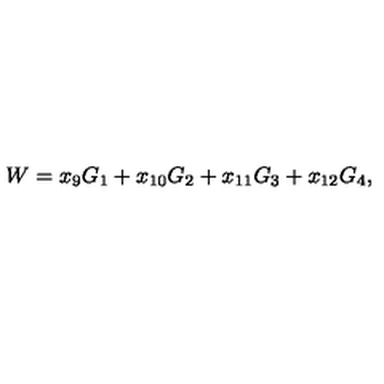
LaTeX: W = x _ { 9 } G _ { 1 } + x _ { 1 0 } G _ { 2 } + x _ { 1 1 } G _ { 3 } + x _ { 1 2 } G _ { 4 } ,